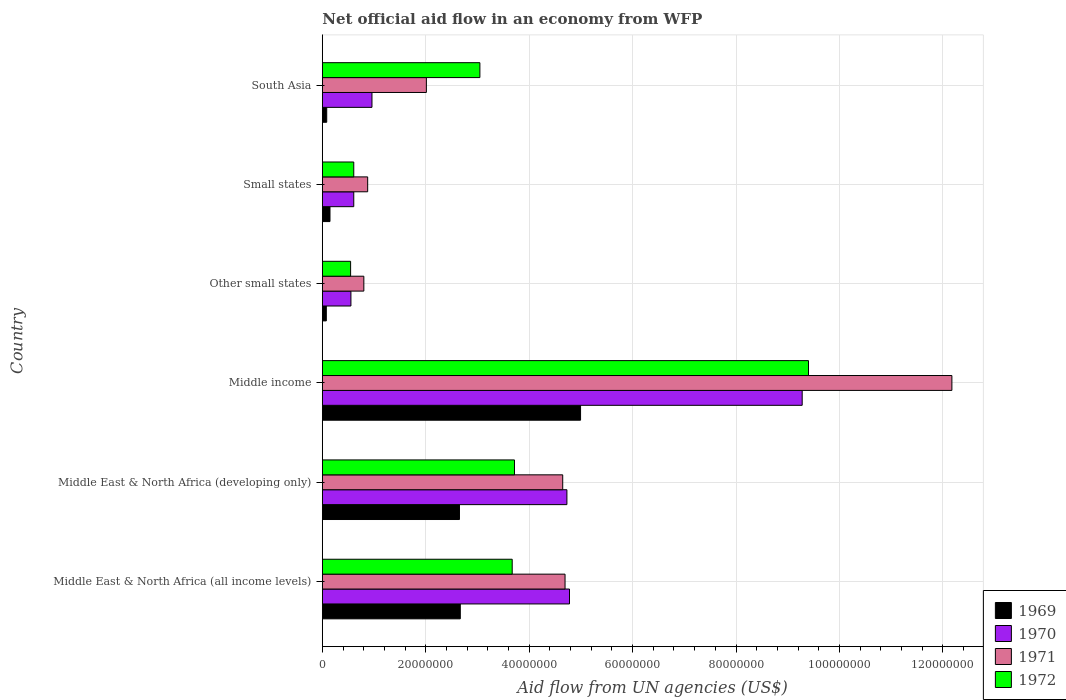
| Country | 1969 | 1970 | 1971 | 1972 |
 | --- | --- | --- | --- | --- |
 | Middle East & North Africa (all income levels) | 2.67e+07 | 4.78e+07 | 4.69e+07 | 3.67e+07 |
 | Middle East & North Africa (developing only) | 2.65e+07 | 4.73e+07 | 4.65e+07 | 3.72e+07 |
 | Middle income | 4.99e+07 | 9.28e+07 | 1.22e+08 | 9.4e+07 |
 | Other small states | 7.7e+05 | 5.53e+06 | 8.03e+06 | 5.47e+06 |
 | Small states | 1.48e+06 | 6.08e+06 | 8.77e+06 | 6.08e+06 |
 | South Asia | 8.5e+05 | 9.6e+06 | 2.01e+07 | 3.05e+07 |